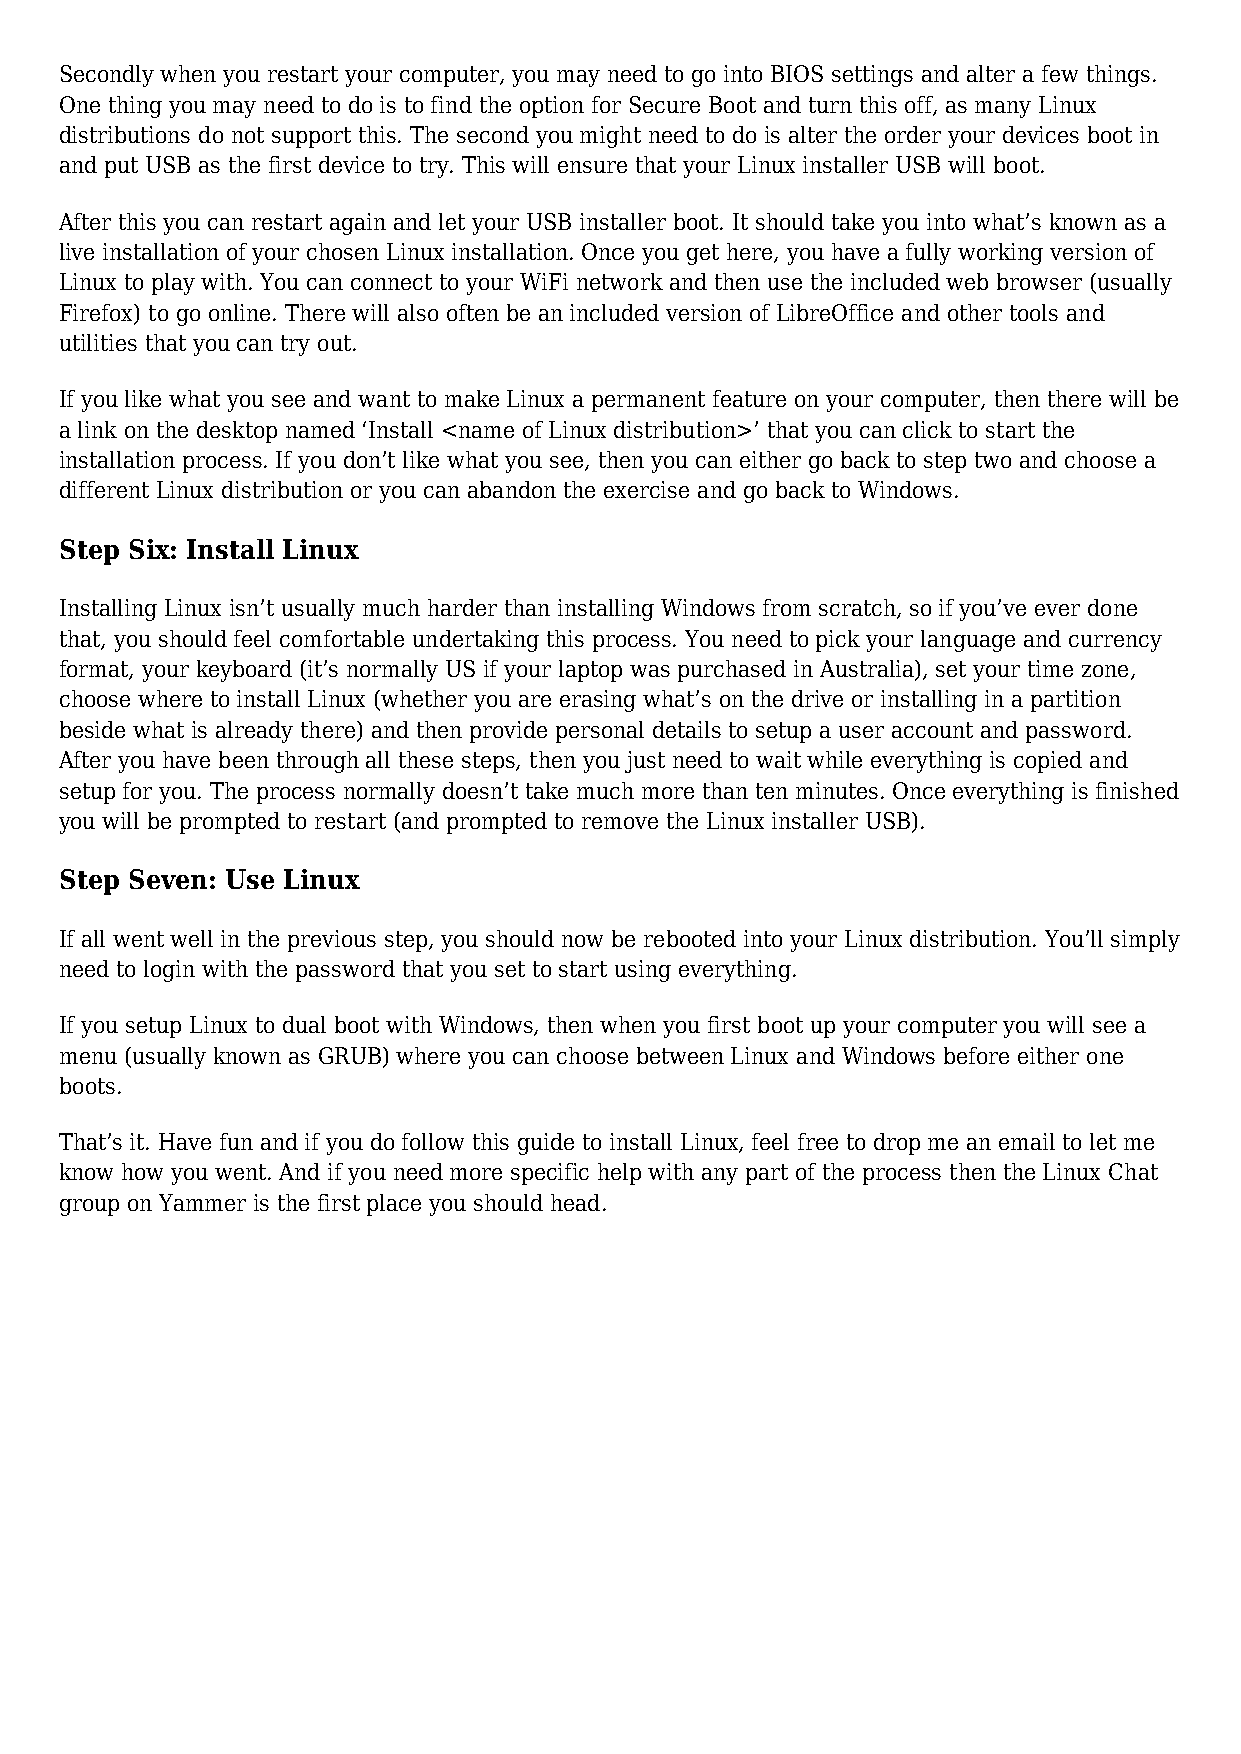
Secondly when you restart your computer, you may need to go into BIOS settings and alter a few things.
 One thing you may need to do is to find the option for Secure Boot and turn this off, as many Linux
 distributions do not support this. The second you might need to do is alter the order your devices boot in
 and put USB as the first device to try. This will ensure that your Linux installer USB will boot.
 After this you can restart again and let your USB installer boot. It should take you into what’s known as a
 live installation of your chosen Linux installation. Once you get here, you have a fully working version of
 Linux to play with. You can connect to your WiFi network and then use the included web browser (usually
 Firefox) to go online. There will also often be an included version of LibreOffice and other tools and
 utilities that you can try out.
 If you like what you see and want to make Linux a permanent feature on your computer, then there will be
 a link on the desktop named ‘Install <name of Linux distribution>’ that you can click to start the
 installation process. If you don’t like what you see, then you can either go back to step two and choose a
 different Linux distribution or you can abandon the exercise and go back to Windows.
 Step Six: Install Linux
 Installing Linux isn’t usually much harder than installing Windows from scratch, so if you’ve ever done
 that, you should feel comfortable undertaking this process. You need to pick your language and currency
 format, your keyboard (it’s normally US if your laptop was purchased in Australia), set your time zone,
 choose where to install Linux (whether you are erasing what’s on the drive or installing in a partition
 beside what is already there) and then provide personal details to setup a user account and password.
 After you have been through all these steps, then you just need to wait while everything is copied and
 setup for you. The process normally doesn’t take much more than ten minutes. Once everything is finished
 you will be prompted to restart (and prompted to remove the Linux installer USB).
 Step Seven: Use Linux
 If all went well in the previous step, you should now be rebooted into your Linux distribution. You’ll simply
 need to login with the password that you set to start using everything.
 If you setup Linux to dual boot with Windows, then when you first boot up your computer you will see a
 menu (usually known as GRUB) where you can choose between Linux and Windows before either one
 boots.
 That’s it. Have fun and if you do follow this guide to install Linux, feel free to drop me an email to let me
 know how you went. And if you need more specific help with any part of the process then the Linux Chat
 group on Yammer is the first place you should head.